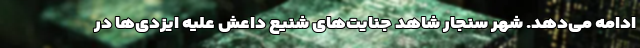
ادامه می‌دهد. شهر سنجار شاهد جنایت‌های شنیع داعش علیه ایزدی‌ها در